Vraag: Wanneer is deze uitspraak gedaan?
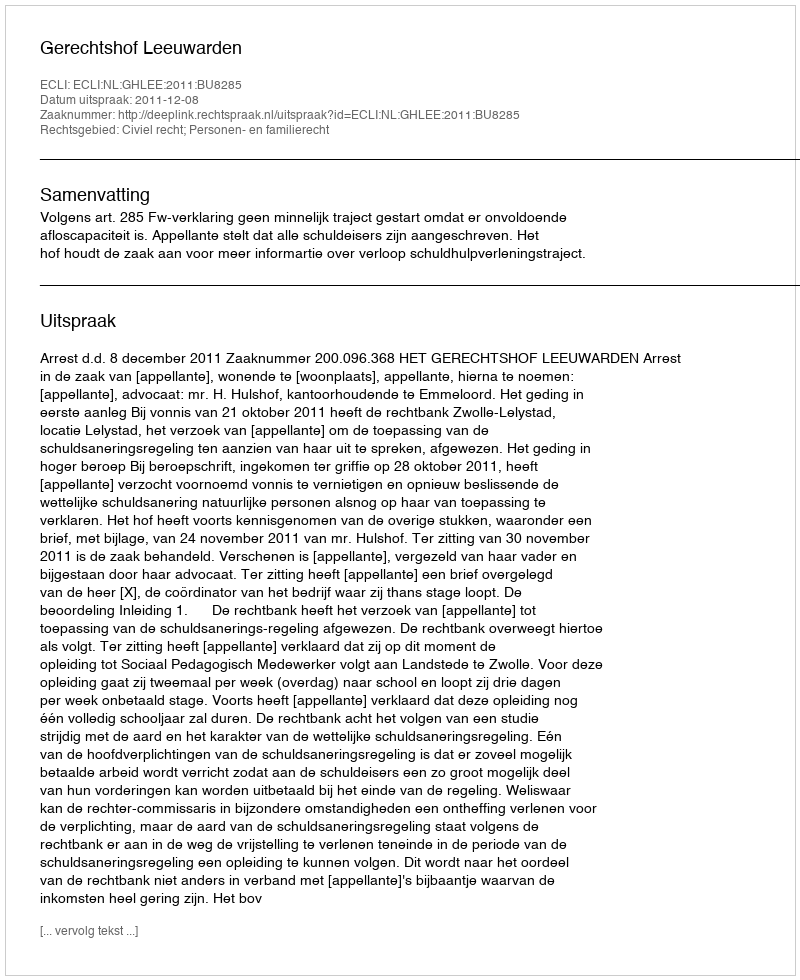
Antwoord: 2011-12-08